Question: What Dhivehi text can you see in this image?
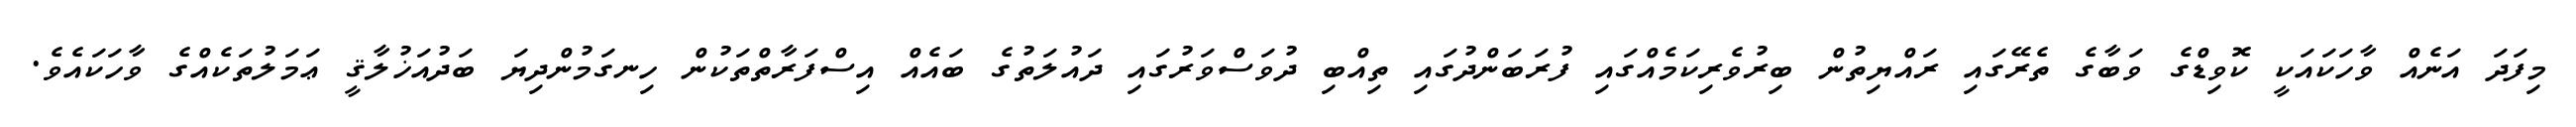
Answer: މިފަދަ އަނެއް ވާހަކައަކީ ކޮވިޑްގެ ވަބާގެ ތެރޭގައި ރައްޔިތުން ބިރުވެރިކަމެއްގައި ފުރަބަންދުގައި ތިއްބި ދުވަސްވަރުގައި ދައުލަތުގެ ބައެއް އިސްފަރާތްތަކުން ހިނގަމުންދިޔަ ބަދުއަޚުލާޤީ ޢަމަލުތަކެއްގެ ވާހަކައެވެ.